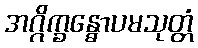
အဂ္ဂိက္ခန္ဓောပမသုတ္တံ